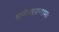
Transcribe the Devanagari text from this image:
गणेशप्रणामः